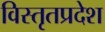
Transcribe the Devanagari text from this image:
विस्तृतप्रदेश